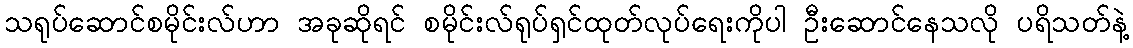
သရုပ်ဆောင်စမိုင်းလ်ဟာ အခုဆိုရင် စမိုင်းလ်ရုပ်ရှင်ထုတ်လုပ်ရေးကိုပါ ဦးဆောင်နေသလို ပရိသတ်နဲ့